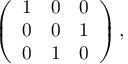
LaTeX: \left( \begin{array} { c c c } { { 1 } } & { { 0 } } & { { 0 } } \\ { { 0 } } & { { 0 } } & { { 1 } } \\ { { 0 } } & { { 1 } } & { { 0 } } \end{array} \right) ,